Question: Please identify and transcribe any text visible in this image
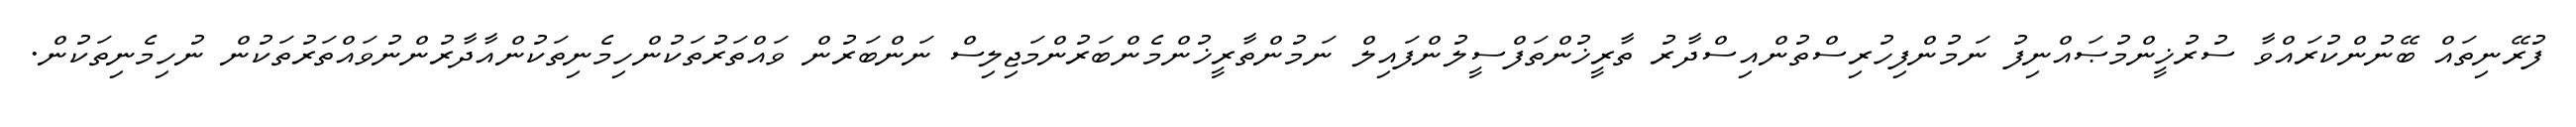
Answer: ފުރޭނިތައް ބޭނުންކުރައްވާ ސުރުޚީންމުޞައްނިފު ނަމުންފިހުރިސްތުންއިސްދާރު ތާރީޚުންތަފްސީލުންފައިލް ނަމުންތާރީޚުންމެންބަރުންމަޖިލިސް ނަންބަރުން ވައްތަރުތަކުންހިމެނިތަކުންއާދާރުންނުވައްތަރުތަކުން ނުހިމެނިތަކުން.